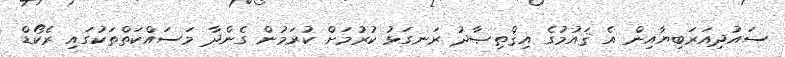
ސައުދިއަރަބިޔާއިން އެ ޤައުމުގެ އިޤްޠިޞާދު ރަނގަޅު ކުރުމަށް ކުރަމުން ގެންދާ މަސައްކަތްތަކުގައި ރެކޯޑް